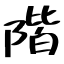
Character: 階